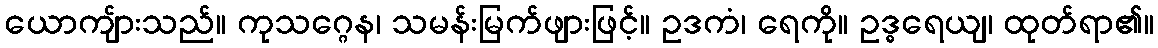
ယောကျ်ားသည်။ ကုသဂ္ဂေန၊ သမန်းမြက်ဖျားဖြင့်။ ဥဒကံ၊ ရေကို။ ဥဒ္ဓရေယျ၊ ထုတ်ရာ၏။